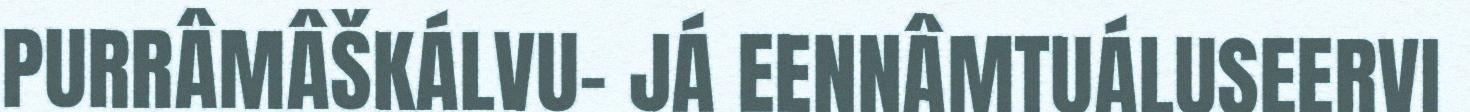
PURRÂMÂŠKÁLVU- JÁ EENNÂMTUÁLUSEERVI